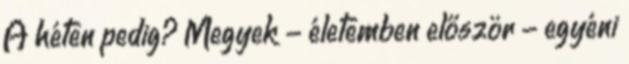
A héten pedig? Megyek - életemben először - egyéni